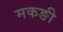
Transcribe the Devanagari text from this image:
मकङी